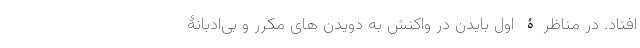
افتاد. در مناظرۀ اول بایدن در واکنش به دویدن های مکرر و بی‌ادبانۀ